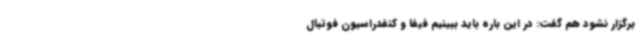
برگزار نشود هم گفت: در این باره باید ببینیم فیفا و کنفدراسیون فوتبال